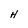
Character: H